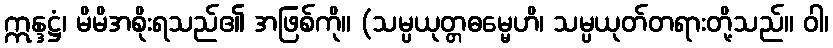
ဣန္ဒဋ္ဌံ၊ မိမိအစိုးရသည်၏ အဖြစ်ကို။ (သမ္ပယုတ္တဓမ္မေဟိ၊ သမ္ပယုတ်တရားတို့သည်။ ဝါ၊